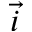
\vec { i }